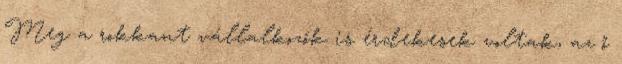
Meg a rokkant vállalkozók is érdekesek voltak, az ő